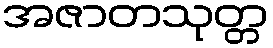
အဇာတသုတ္တ